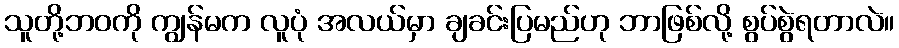
သူတို့ဘဝကို ကျွန်မက လူပုံ အလယ်မှာ ချခင်းပြမည်ဟု ဘာဖြစ်လို့ စွပ်စွဲရတာလဲ။